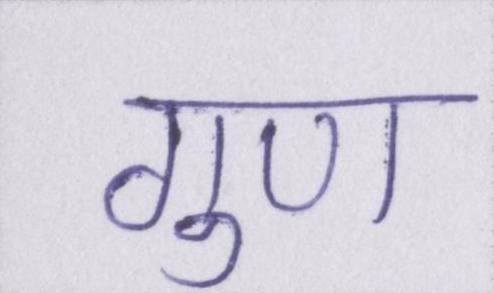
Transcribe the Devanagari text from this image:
गुण